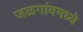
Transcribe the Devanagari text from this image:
जळगांवमध्ये